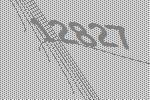
12827